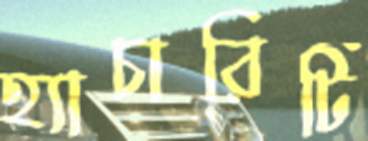
হ্যাচারিটি